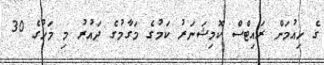
ގެ ހިއުމަން ރައިޓްސް ކޮމިޝަނަރު ކަމުގެ މަގާމުގެ ދައުރު މި މަހުގެ 30